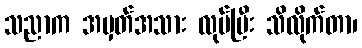
သညာက အမှတ်အသား လုပ်ပြီး သိလိုက်တာ၊